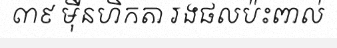
៣៩ ម៉ឺនហិកតា រងផលប៉ះពាល់